Medical and sanitary report on the native army of Bombay for the year
Year: 1879
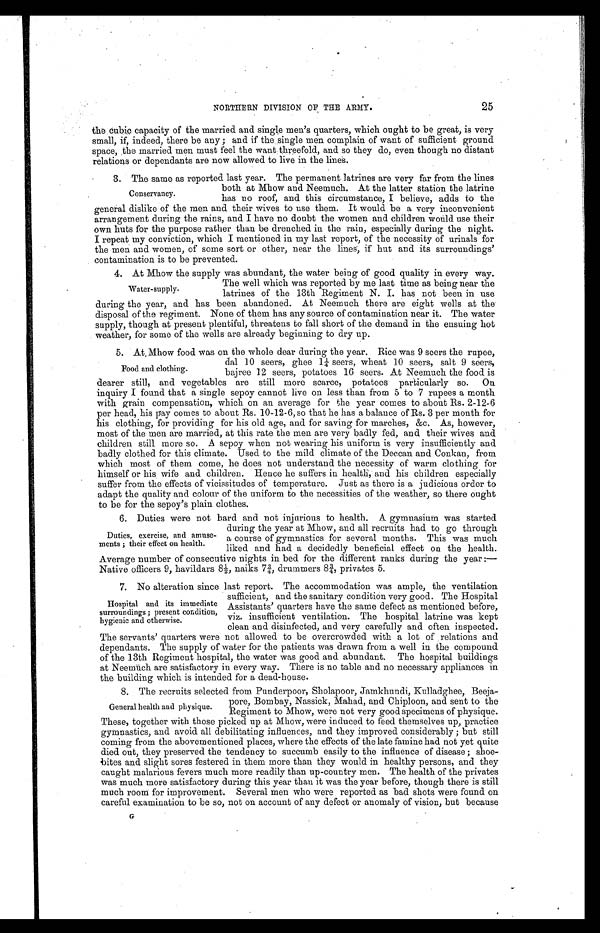
NORTHERN DIVISION OF THE ARMY.
25
the cubic capacity of the married and single men's quarters, which ought to be great, is very
small, if, indeed, there be any; and if the single men complain of want of sufficient ground
space, the married men must feel the want threefold, and so they do, even though no distant
relations or dependants are now allowed to live in the lines.
3. The same as reported last year. The permanent latrines are very far from the lines
both at Mhow and Neemuch. At the latter station the latrine
has no roof, and this circumstance,I believe, adds to the
general dislike of the men and their wives to use them. It would be a very inconvenient
arrangement during the rains, and I have no doubt the women and children would use their
own huts for the purpose rather than be drenched in the rain, especially during the night.
I repeat my conviction, which I mentioned in my last report, of the necessity of urinals for
the men and women, of some sort or other, near the lines, if hut and its surroundings'
contamination is to be prevented.
4. At Mhow the supply was abundant, the water being of good quality in every way.
The well which was reported by me last time as being near the
latrines of the 13th Regiment N. I. has not been in use
during the year, and has been abandoned. At Neemuch there are eight wells at the
disposal of the regiment. None of them has any source of contamination near it. The water
supply, though at present plentiful, threatens to fall short of the demand in the ensuing hot
weather, for some of the wells are already beginning to dry up.
5. At Mhow food was on the whole dear during the year. Rice was 9 seers the rupee,
dal 10 seers, ghee 1¼ seers, wheat 10 seers, salt 9 seers,
bajree 12 seers, potatoes 16 seers. At Neemuch the food is
dearer still, and vegetables are still more scarce, potatoes particularly so. On
inquiry I found that a single sepoy cannot live on less than from 5 to 7 rupees a month
with grain compensation, which on an average for the year comes to about Rs. 2-12-6
per head, his pay comes to about Rs. 10-12-6, so that he has a balance of Rs. 3 per month for
his clothing, for providing for his old age, and for saving for marches, &c. As, however,
most of the men are married, at this rate the men are very badly fed, and their wives and
children still more so. A sepoy when not wearing his uniform is very insufficiently and
badly clothed for this climate. Used to the mild climate of the Deccan and Conkan, from
which most of them come, he does not understand the necessity of warm clothing for
himself or his . wife and children. Hence he suffers in health, and his children especially
suffer from the effects of vicissitudes of temperature. Just as there is a judicious order to
adapt the quality and colour of the uniform to the necessities of the weather, so there ought
to be for the sepoy's plain clothes.
6. Duties were not bard and not injurious to health. A gymnasium was started
during the year at Mhow, and all recruits had to go through
a course of gymnastics for several months. This was much
liked and had a decidedly beneficial effect on the health.
Average number of consecutive nights in bed for the different ranks during the year:—
Native officers 9, havildars 8½, naiks 7¾, drummers 8¾, privates 5.
7. No alteration since last report. The accommodation was ample, the ventilation
sufficient, and the sanitary condition very good. The Hospital
Assistants' quarters have the same defect as mentioned before,
viz. insufficient ventilation. The hospital latrine was kept
clean and disinfected, and very carefully and often inspected.
The servants' quarters were not allowed to be overcrowded with a lot of relations and
dependants. The supply of water for the patients was drawn from a well in the compound
of the 13th Regiment hospital, the water was good and abundant. The hospital buildings
at Neemüch are satisfactory in every way. There is no table and no necessary appliances in
the building which is intended for a dead-house.
8. The recruits selected from Punderpoor, Sholapoor, Jamkhundi, Kulladghee, Beeja-
pore, Bombay, Nassick, Mahad, and Chiploon, and sent to the
Regiment to Mhow, were not very good specimens of physique.
These, together with those picked up at Mhow, were induced to feed themselves up, practice
gymnastics, and avoid all debilitating influences, and they improved considerably; but still
coming from the abovementioned places, where the effects of the late famine had not yet quite
died out, they preserved the tendency to succumb easily to the influence of disease; shoe-
bites and slight sores festered in them more than they would in healthy persons, and they
caught malarious fevers much more readily than up-country men. The health of the privates
was much more satisfactory during this year than it was the year before, though there is still
much room for improvement. Several men who were reported as bad shots were found on
careful examination to be so, not on account of any defect or anomaly of vision, but because
G
Conservancy.
Water-supply.
Food and clothing.
Duties, exercise, and amuse-
ments; their effect on health.
Hospital and its immediate
surroundings; present condition,
hygienic and otherwise.
General health and physique.